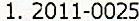
1. 2011-0025